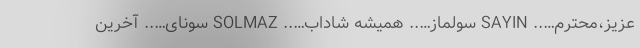
عزیز،محترم….. SAYIN سولماز….. همیشه شاداب….. SOLMAZ سونای….. آخرین